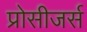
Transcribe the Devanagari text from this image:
प्रोसीजर्स